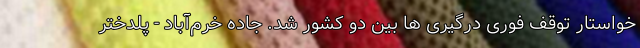
خواستار توقف فوری درگیری ها بین دو کشور شد. جاده خرم‌آباد - پلدختر